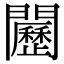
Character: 𨷦